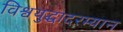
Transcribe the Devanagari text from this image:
विश्वयुद्धादरम्यान